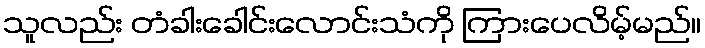
သူလည်း တံခါးခေါင်းလောင်းသံကို ကြားပေလိမ့်မည်။